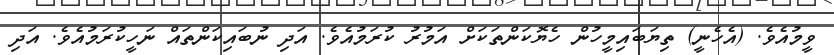
ވީމުއެވެ. (އެހެނީ) ތިޔަބައިމީހުން ހެޔޮކަންތަކަށް އަމުރު ކުރަމުއެވެ. އަދި ނުބައިކަންތައް ނަހީކުރަމުއެވެ. އަދި